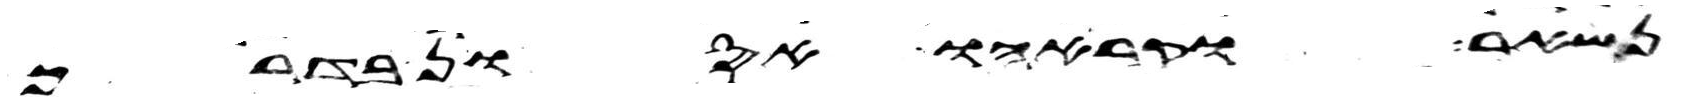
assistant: נשאר וקראהו אסון בדרך